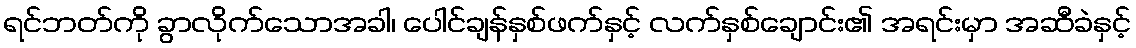
ရင်ဘတ်ကို ခွာလိုက်သောအခါ၊ ပေါင်ချန်နှစ်ဖက်နှင့် လက်နှစ်ချောင်း၏ အရင်းမှာ အဆီခဲနှင့်